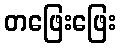
တဖြေးဖြေး